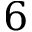
6